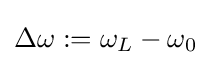
\Delta \omega \mathrel {:=} \omega _{L}-\omega _{0}